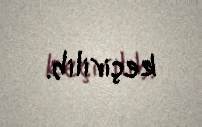
keçirilib.